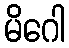
မိဂေါ